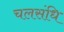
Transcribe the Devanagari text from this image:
चलसंधि